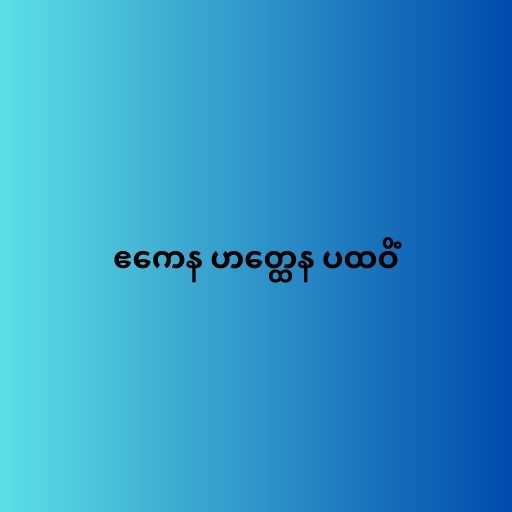
ဧကေန ဟတ္ထေန ပထဝိံ